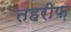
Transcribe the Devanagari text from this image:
तहरीफ़